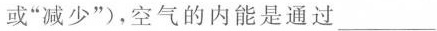
或”减少”)，空气的内能是通过___